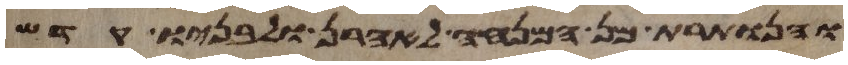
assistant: והנותרת מן המנחה לאהרן ולבניו קדש